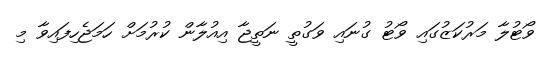
ވޯޓުލާ މަރުކަޒުގައި ވޯޓު ގުނައި ވަގުތީ ނަތީޖާ އިއުލާން ކުރުމަށް ހަމަޖެހިފައިވާ މި